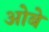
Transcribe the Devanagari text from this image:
ओबे